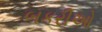
બકરીઓ